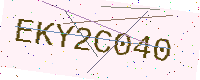
Text: EKY2C040